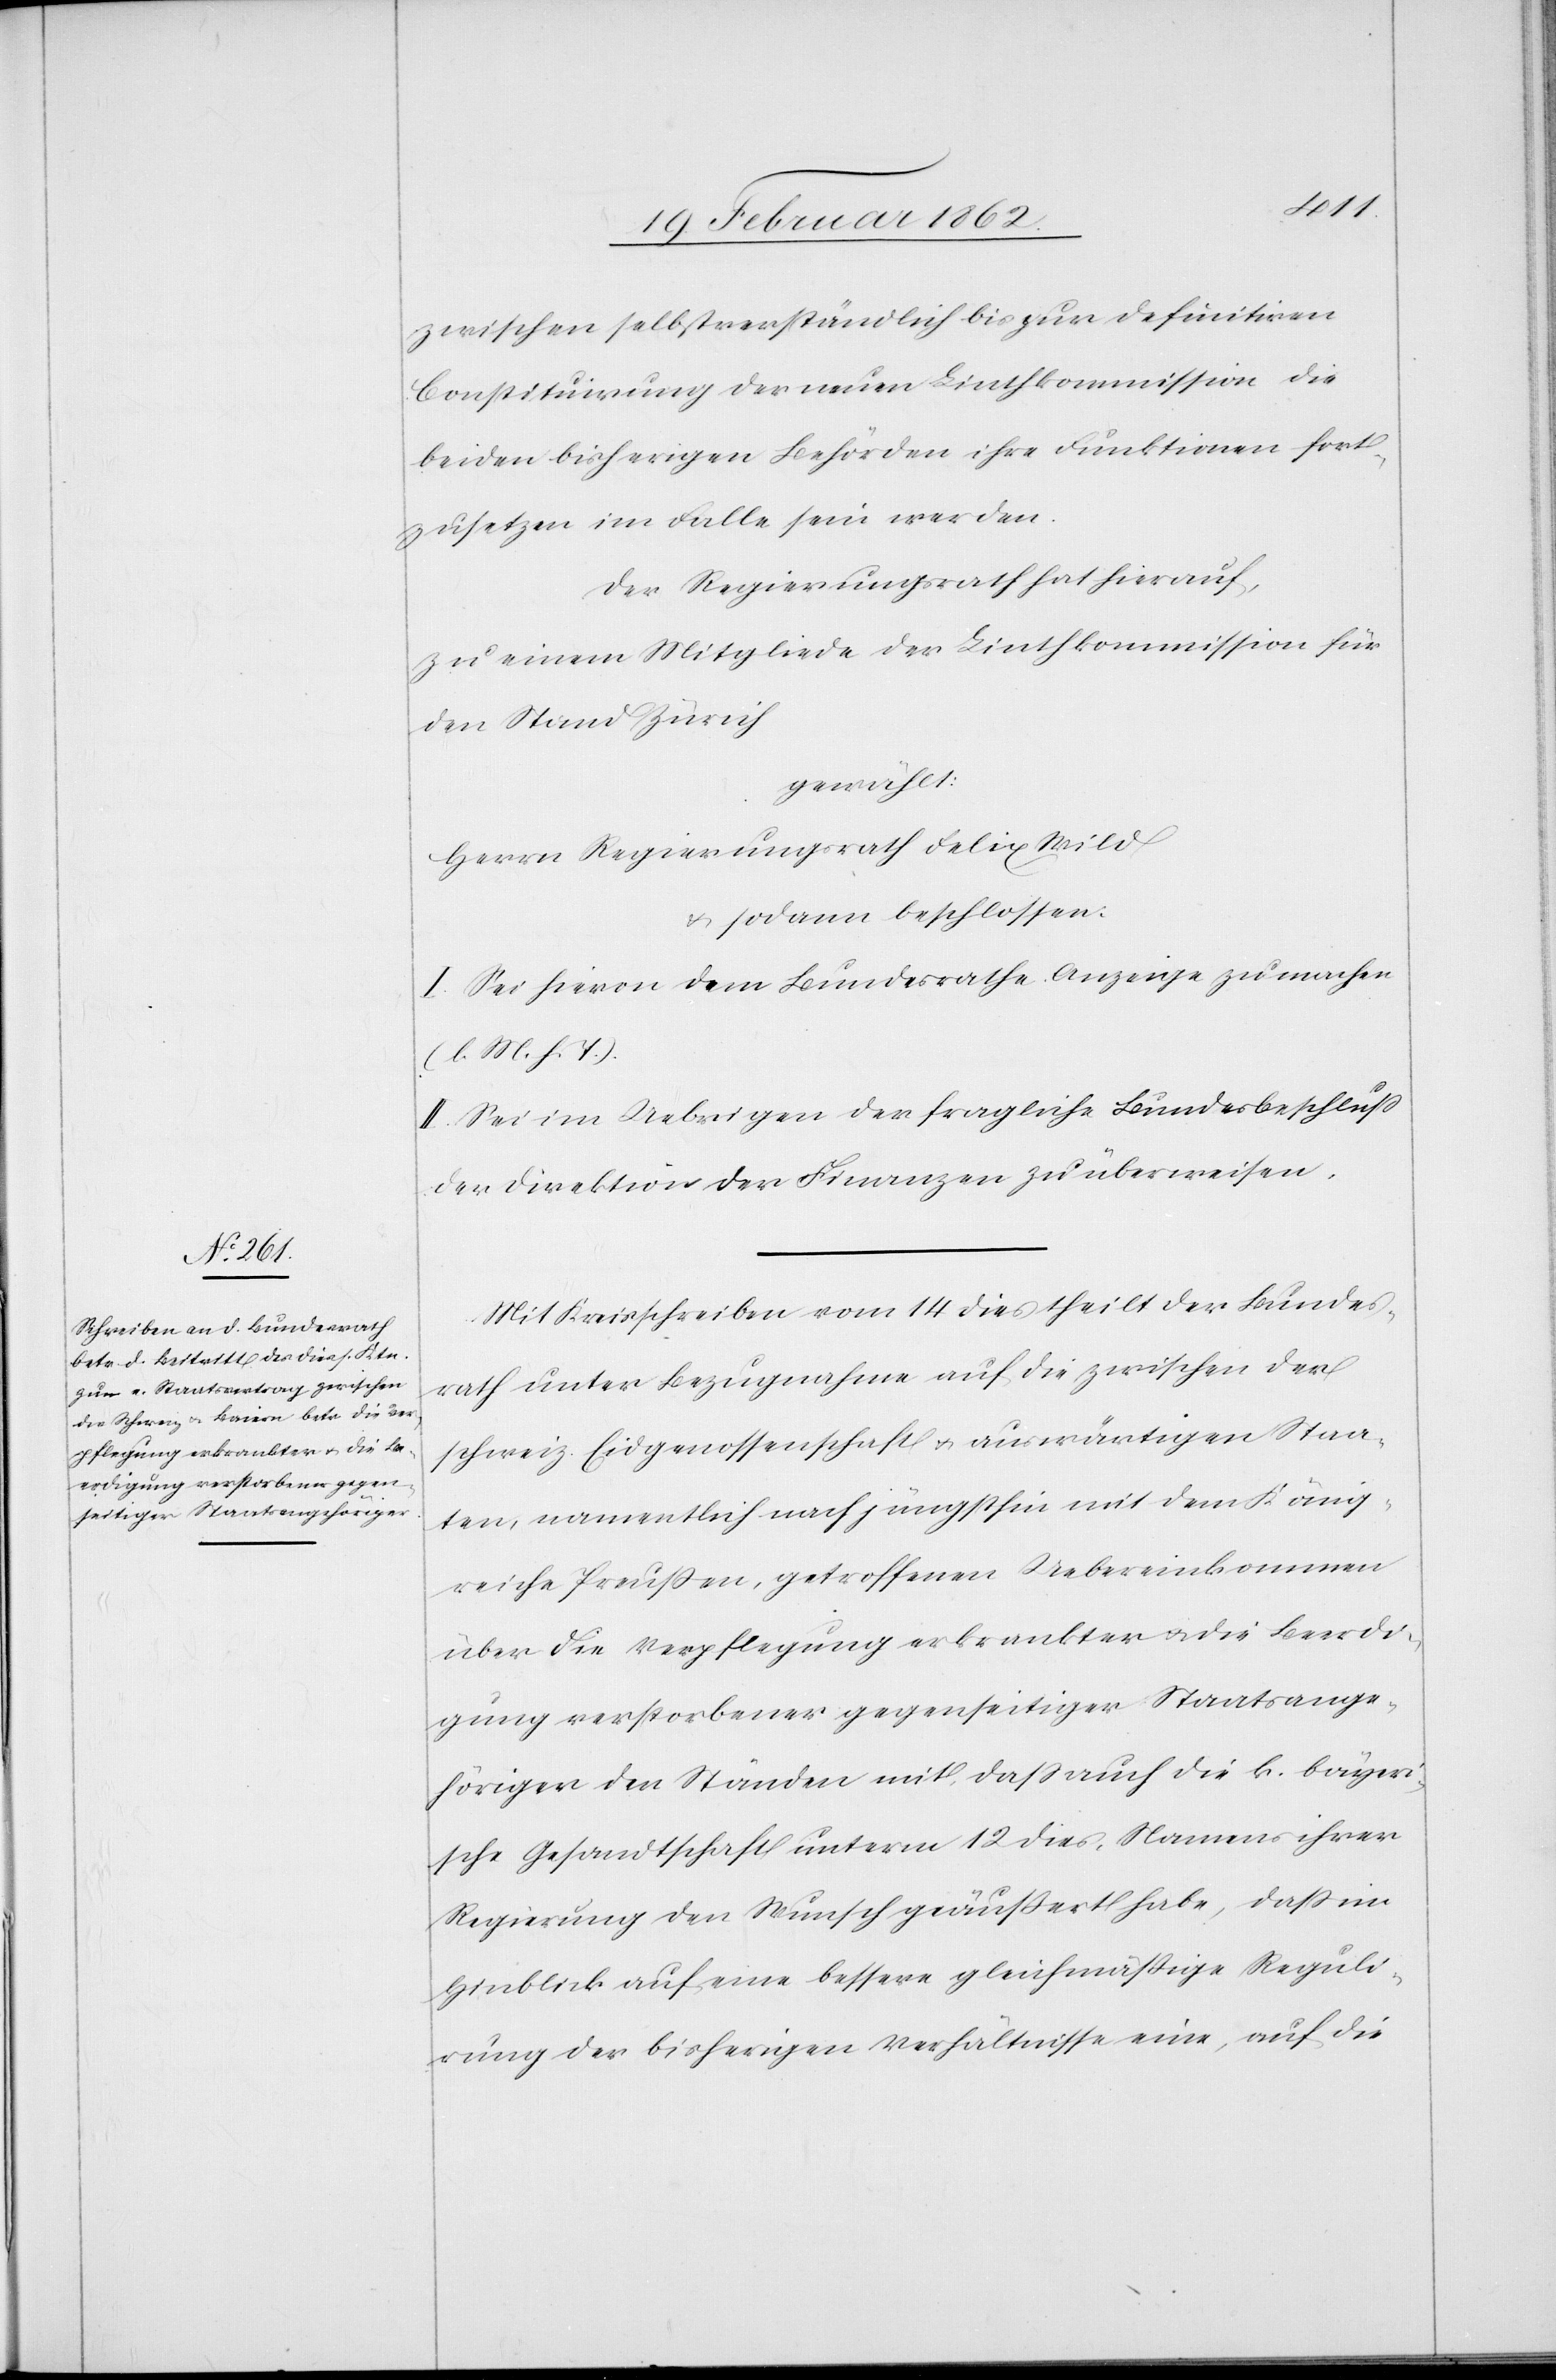
zwischen selbstverständlich bis zur definitiven
Constituirung der neuen Linthkommission die
beiden bisherigen Behörden ihre Funktionen fort¬
zusetzen im Falle sein werden.
Der Regierungsrath hat hierauf,
zu einem Mitgliede der Linthkommission für
den Stand Zürich
gewählt:
Herrn Regierungsrath Felix Wild
& sodann beschlossen:
I. Sei hievon dem Bundesrathe Anzeige zu machen
(l. M. h. T.).
II. Sei im Uebrigen der fragliche Bundesbeschluß
der Direktion der Finanzen zu überweisen.
Mit Kreisschreiben vom 14 dies theilt der Bundes¬
rath unter Bezugnahme auf die zwischen der
schweiz. Eidgenossenschaft u. auswärtigen Staa¬
ten, namentlich nach jüngsthin mit dem König¬
reiche Preußen, getroffenen Uebereinkommen
über die Verpflegung erkrankter u. die Beerdi¬
gung verstorbener gegenseitiger Staatsange¬
höriger den Ständen mit, daß auch die k. bayeri¬
sche Gesandtschaft unterm 12 dies, Namens ihrer
Regierung den Wunsch geäußert habe, daß im
Hinblick auf eine bessere gleichmäßige Reguli¬
rung der bisherigen Verhältnisse eine, auf die